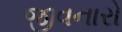
જીવનારો